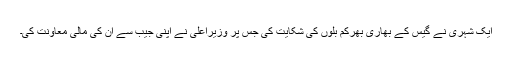
ایک شہری نے گیس کے بھاری بھرکم بلوں کی شکایت کی جس پر وزیراعلیٰ نے اپنی جیب سے ان کی مالی معاونت کی۔